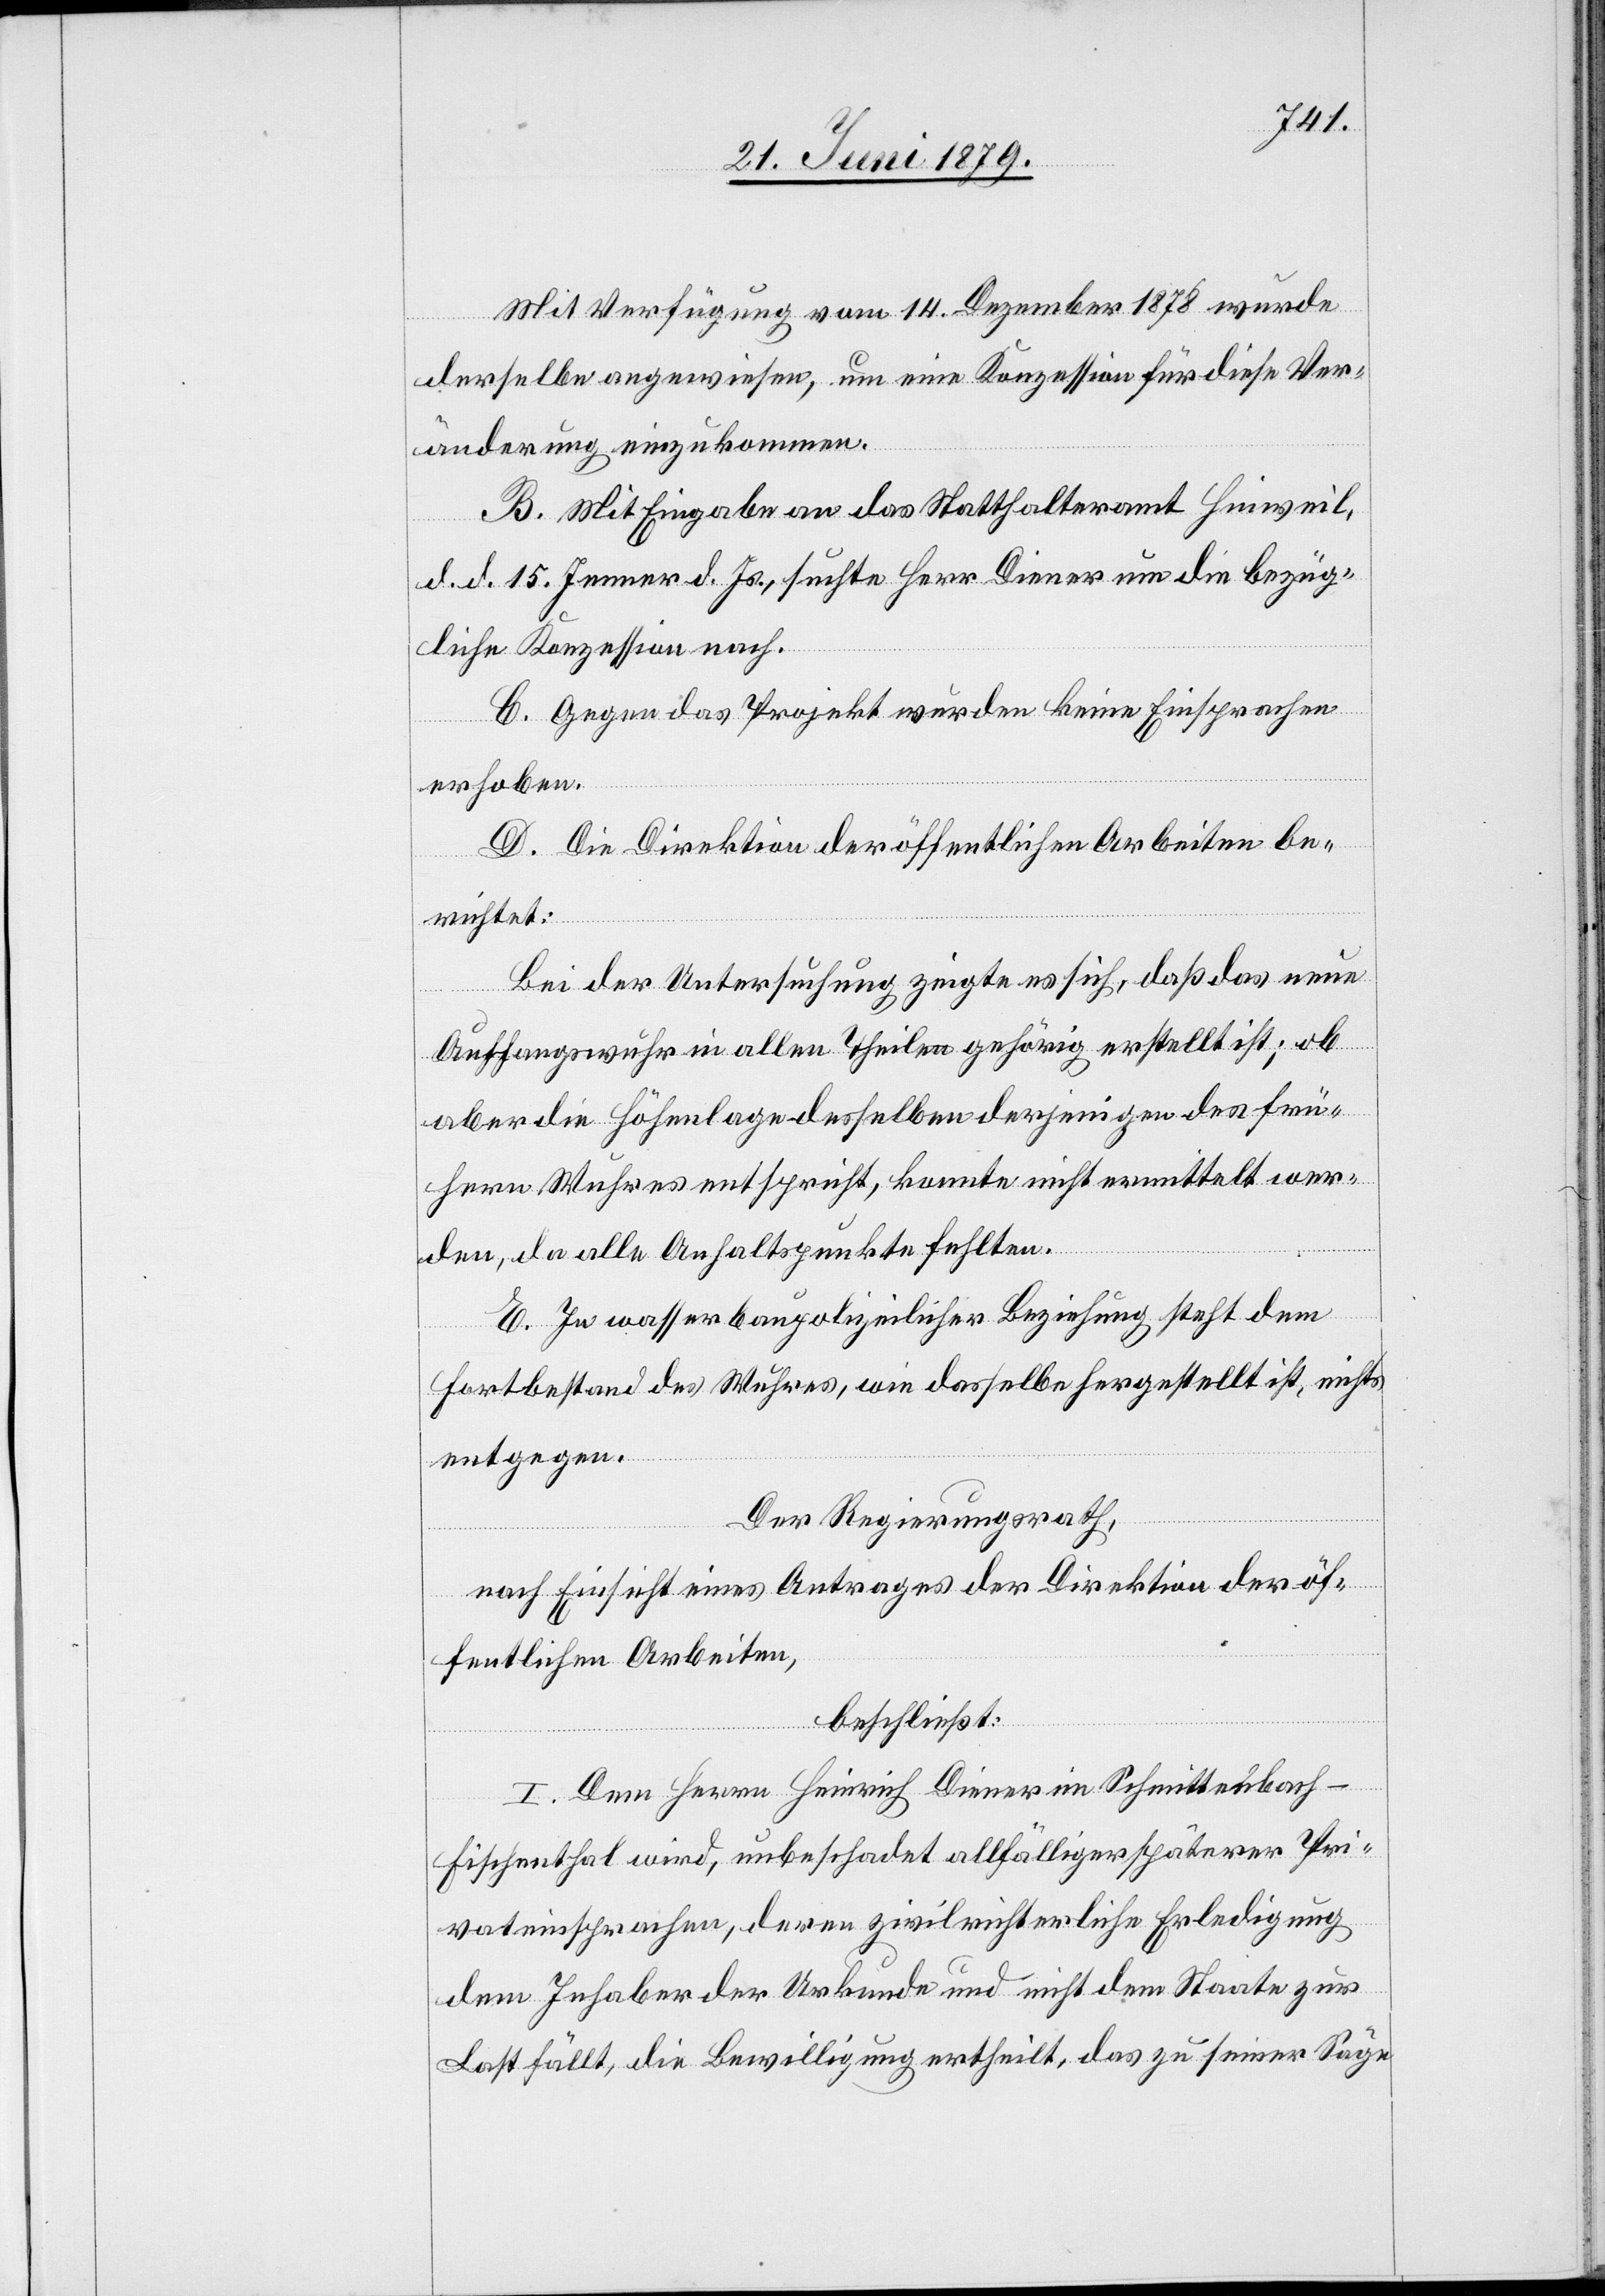
Mit Verfügung vom 14. Dezember 1878 wurde
derselbe angewiesen, um eine Konzession für diese Ver¬
änderung einzukommen.
B. Mit Eingabe an das Statthalteramt Hinweil,
d. d. 15. Jenner d. Js., suchte Herr Diener um die bezüg¬
liche Konzession nach.
C. Gegen das Projekt wurden keine Einsprachen
erhoben.
D. Die Direktion der öffentlichen Arbeiten be¬
richtet:
Bei der Untersuchung zeigte es sich, daß das neue
Auffangswuhr in allen Theilen gehörig erstellt ist; ob
aber die Höhenlage desselben derjenigen des frü¬
hern Wuhres entspricht, konnte nicht ermittelt wer¬
den, da alle Anhaltspunkte fehlten.
E. In wasserbaupolizeilicher Beziehung steht dem
Fortbestand des Wuhres, wie dasselbe hergestellt ist, nichts
entgegen.
Der Regierungsrath,
nach Einsicht eines Antrages der Direktion der öf¬
fentlichen Arbeiten,
beschließt:
I. Dem Herrn Heinrich Diener im Schmittenbach
Fischenthal wird, unbeschadet allfälliger späterer Pri¬
vateinsprachen, deren zivilrichterliche Erledigung
dem Inhaber der Urkunde und nicht dem Staate zur
Last fällt, die Bewilligung ertheilt, das zu seiner Säge